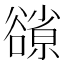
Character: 𧯊